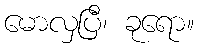
မောလှပြီ၊ ခုရော။